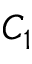
C _ { 1 }